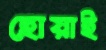
হোয়াই